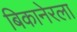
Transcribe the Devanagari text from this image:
बिकानेरला